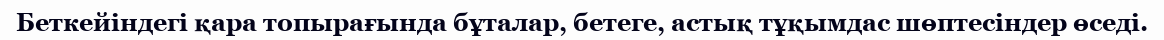
Беткейіндегі қара топырағында бұталар, бетеге, астық тұқымдас шөптесіндер өседі.